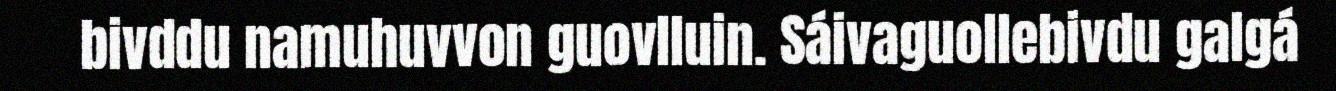
bivddu namuhuvvon guovlluin. Sáivaguollebivdu galgá